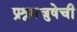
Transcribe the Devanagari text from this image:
प्रश्नमंजुषेची